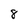
Character: 8